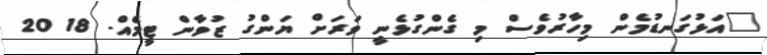
"އަޅުގަނޑުމެން މިހާރުވެސް މި ގެންގުޅެނީ ވަރަށް ޔަންގު ޒުވާން ޓީމެއް. 18 20